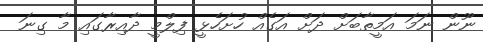
ނޫން ނަމަ އަމީތާބަށް ދަށް އަގެއް ހުށަހެޅީ ފިލްމީ ދާއިރާގައި މާ ގިނަ